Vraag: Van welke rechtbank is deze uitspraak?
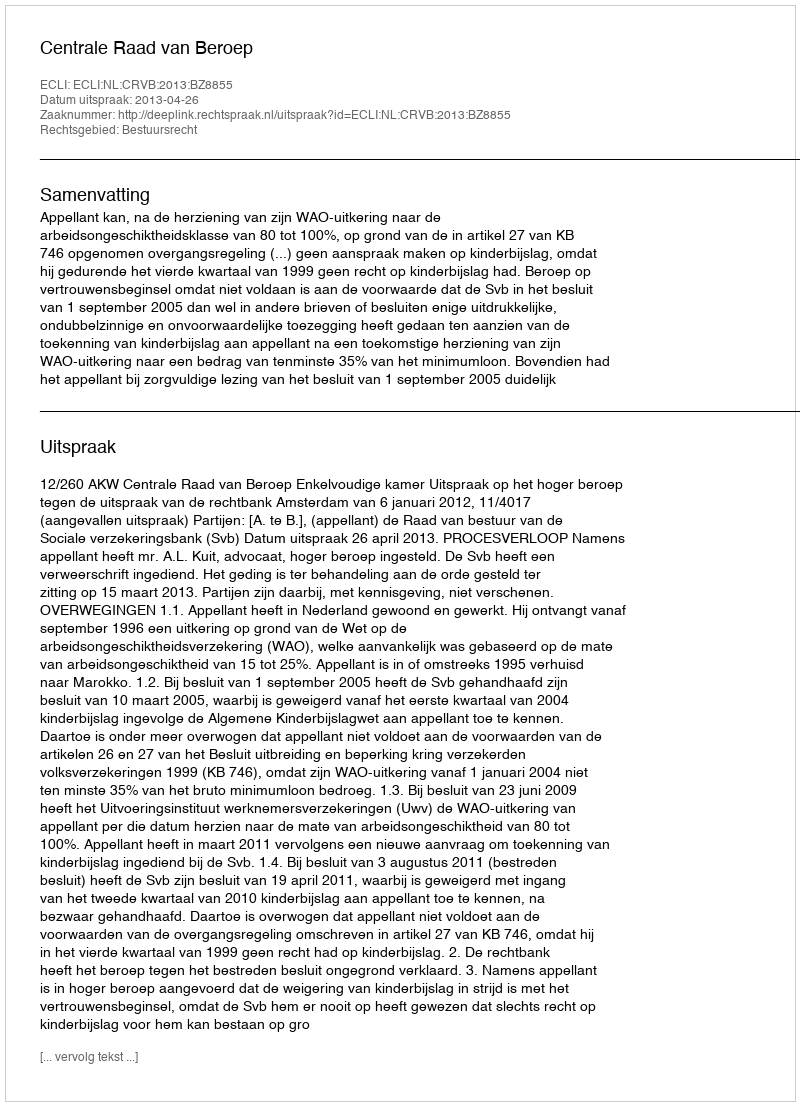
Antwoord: Centrale Raad van Beroep